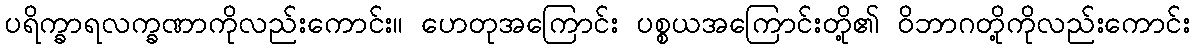
ပရိက္ခာရလက္ခဏာကိုလည်းကောင်း။ ဟေတုအကြောင်း ပစ္စယအကြောင်းတို့၏ ဝိဘာဂတို့ကိုလည်းကောင်း